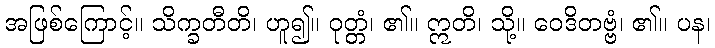
အဖြစ်ကြောင့်။ သိက္ခတီတိ၊ ဟူ၍။ ဝုတ္တံ၊ ၏။ ဣတိ၊ သို့။ ဝေဒိတဗ္ဗံ၊ ၏။ ပန၊